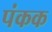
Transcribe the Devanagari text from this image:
पंकक